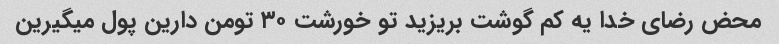
محض رضای خدا یه کم گوشت بریزید تو خورشت ۳۰ تومن دارین پول میگیرین